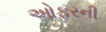
ઓફરની